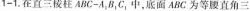
1-1.在直三棱柱ABC-A_{1}B_{1}C_{1}中，底面ABC为等腰直角三